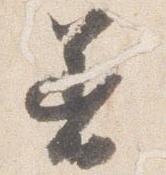
着